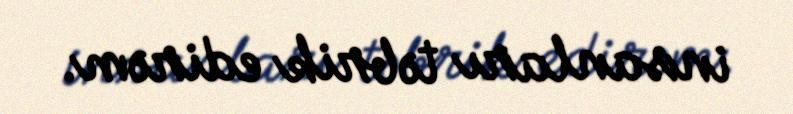
insanları təbrik edirəm.